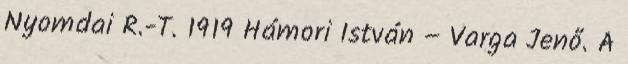
Nyomdai R.-T. 1919 Hámori István – Varga Jenő. A